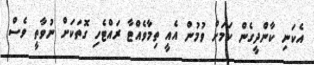
އެކަނި ކާންދީގެން ކަމަށް ވުމުން އެއީ ތިމާވެއްޓާ ރައްޓެހި ގޮތަކަށް ނުވާތީ ވެސް